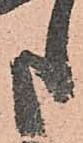
申